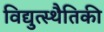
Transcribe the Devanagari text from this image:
विद्युत्स्थैतिकी